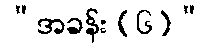
“အခန်း (၆)”